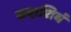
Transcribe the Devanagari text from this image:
सदाशिवं